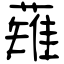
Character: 薙